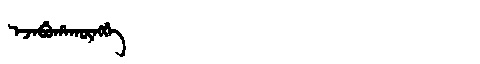
Manchu: ᡝᠵᡝᠪᡠᡥᠠᡴᡡᠩᡤᡝ
Romanization: EJEBUHAKŪNGGE